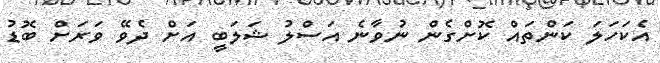
އެކަހަލަ ކަންތައް ކޮށްގެން ނުވާނެ އަސްލު ޝަލަބީ އަށް ދެވޭ ވަރަށް ބޮޑު